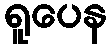
ရူပေန